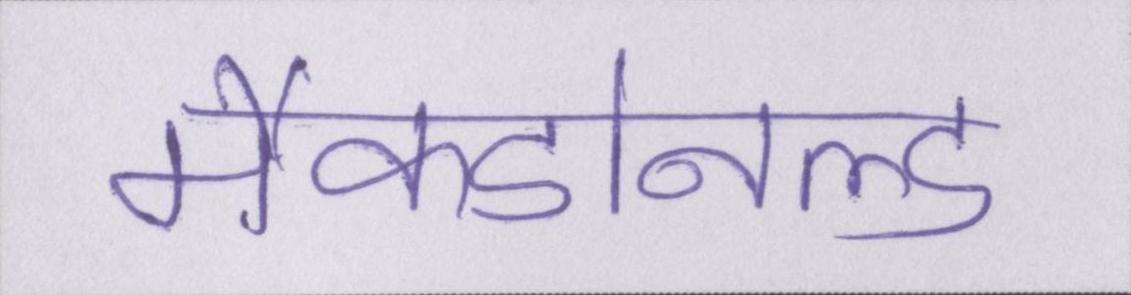
मैकडोनल्ड